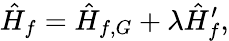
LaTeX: \hat{H}_{f}=\hat{H}_{f,G}+\lambda\hat{H}_{f}^{\prime},